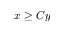
x \ge C y